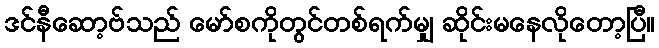
ဒင်နီဆော့ဗ်သည် မော်စကိုတွင်တစ်ရက်မျှ ဆိုင်းမနေလိုတော့ပြီ။